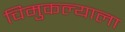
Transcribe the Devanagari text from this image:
चिमुकल्याला